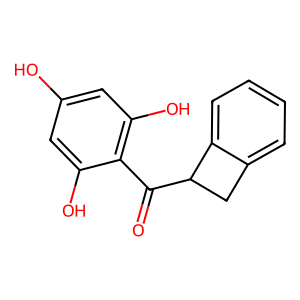
SMILES: O=C(c1c(O)cc(O)cc1O)C1Cc2ccccc21
Inhibits HIV replication: No